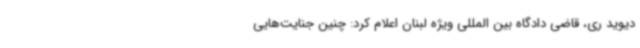
دیوید ری، قاضی دادگاه بین المللی ویژه لبنان اعلام کرد: چنین جنایت‌هایی